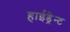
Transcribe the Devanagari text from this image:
हाईड्रेन्ट